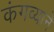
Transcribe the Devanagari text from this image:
कंगव्याने